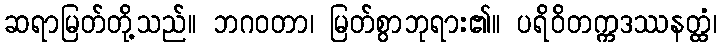
ဆရာမြတ်တို့သည်။ ဘဂဝတာ၊ မြတ်စွာဘုရား၏။ ပရိဝိတက္ကဒဿနတ္ထံ၊